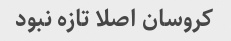
کروسان اصلا تازه نبود